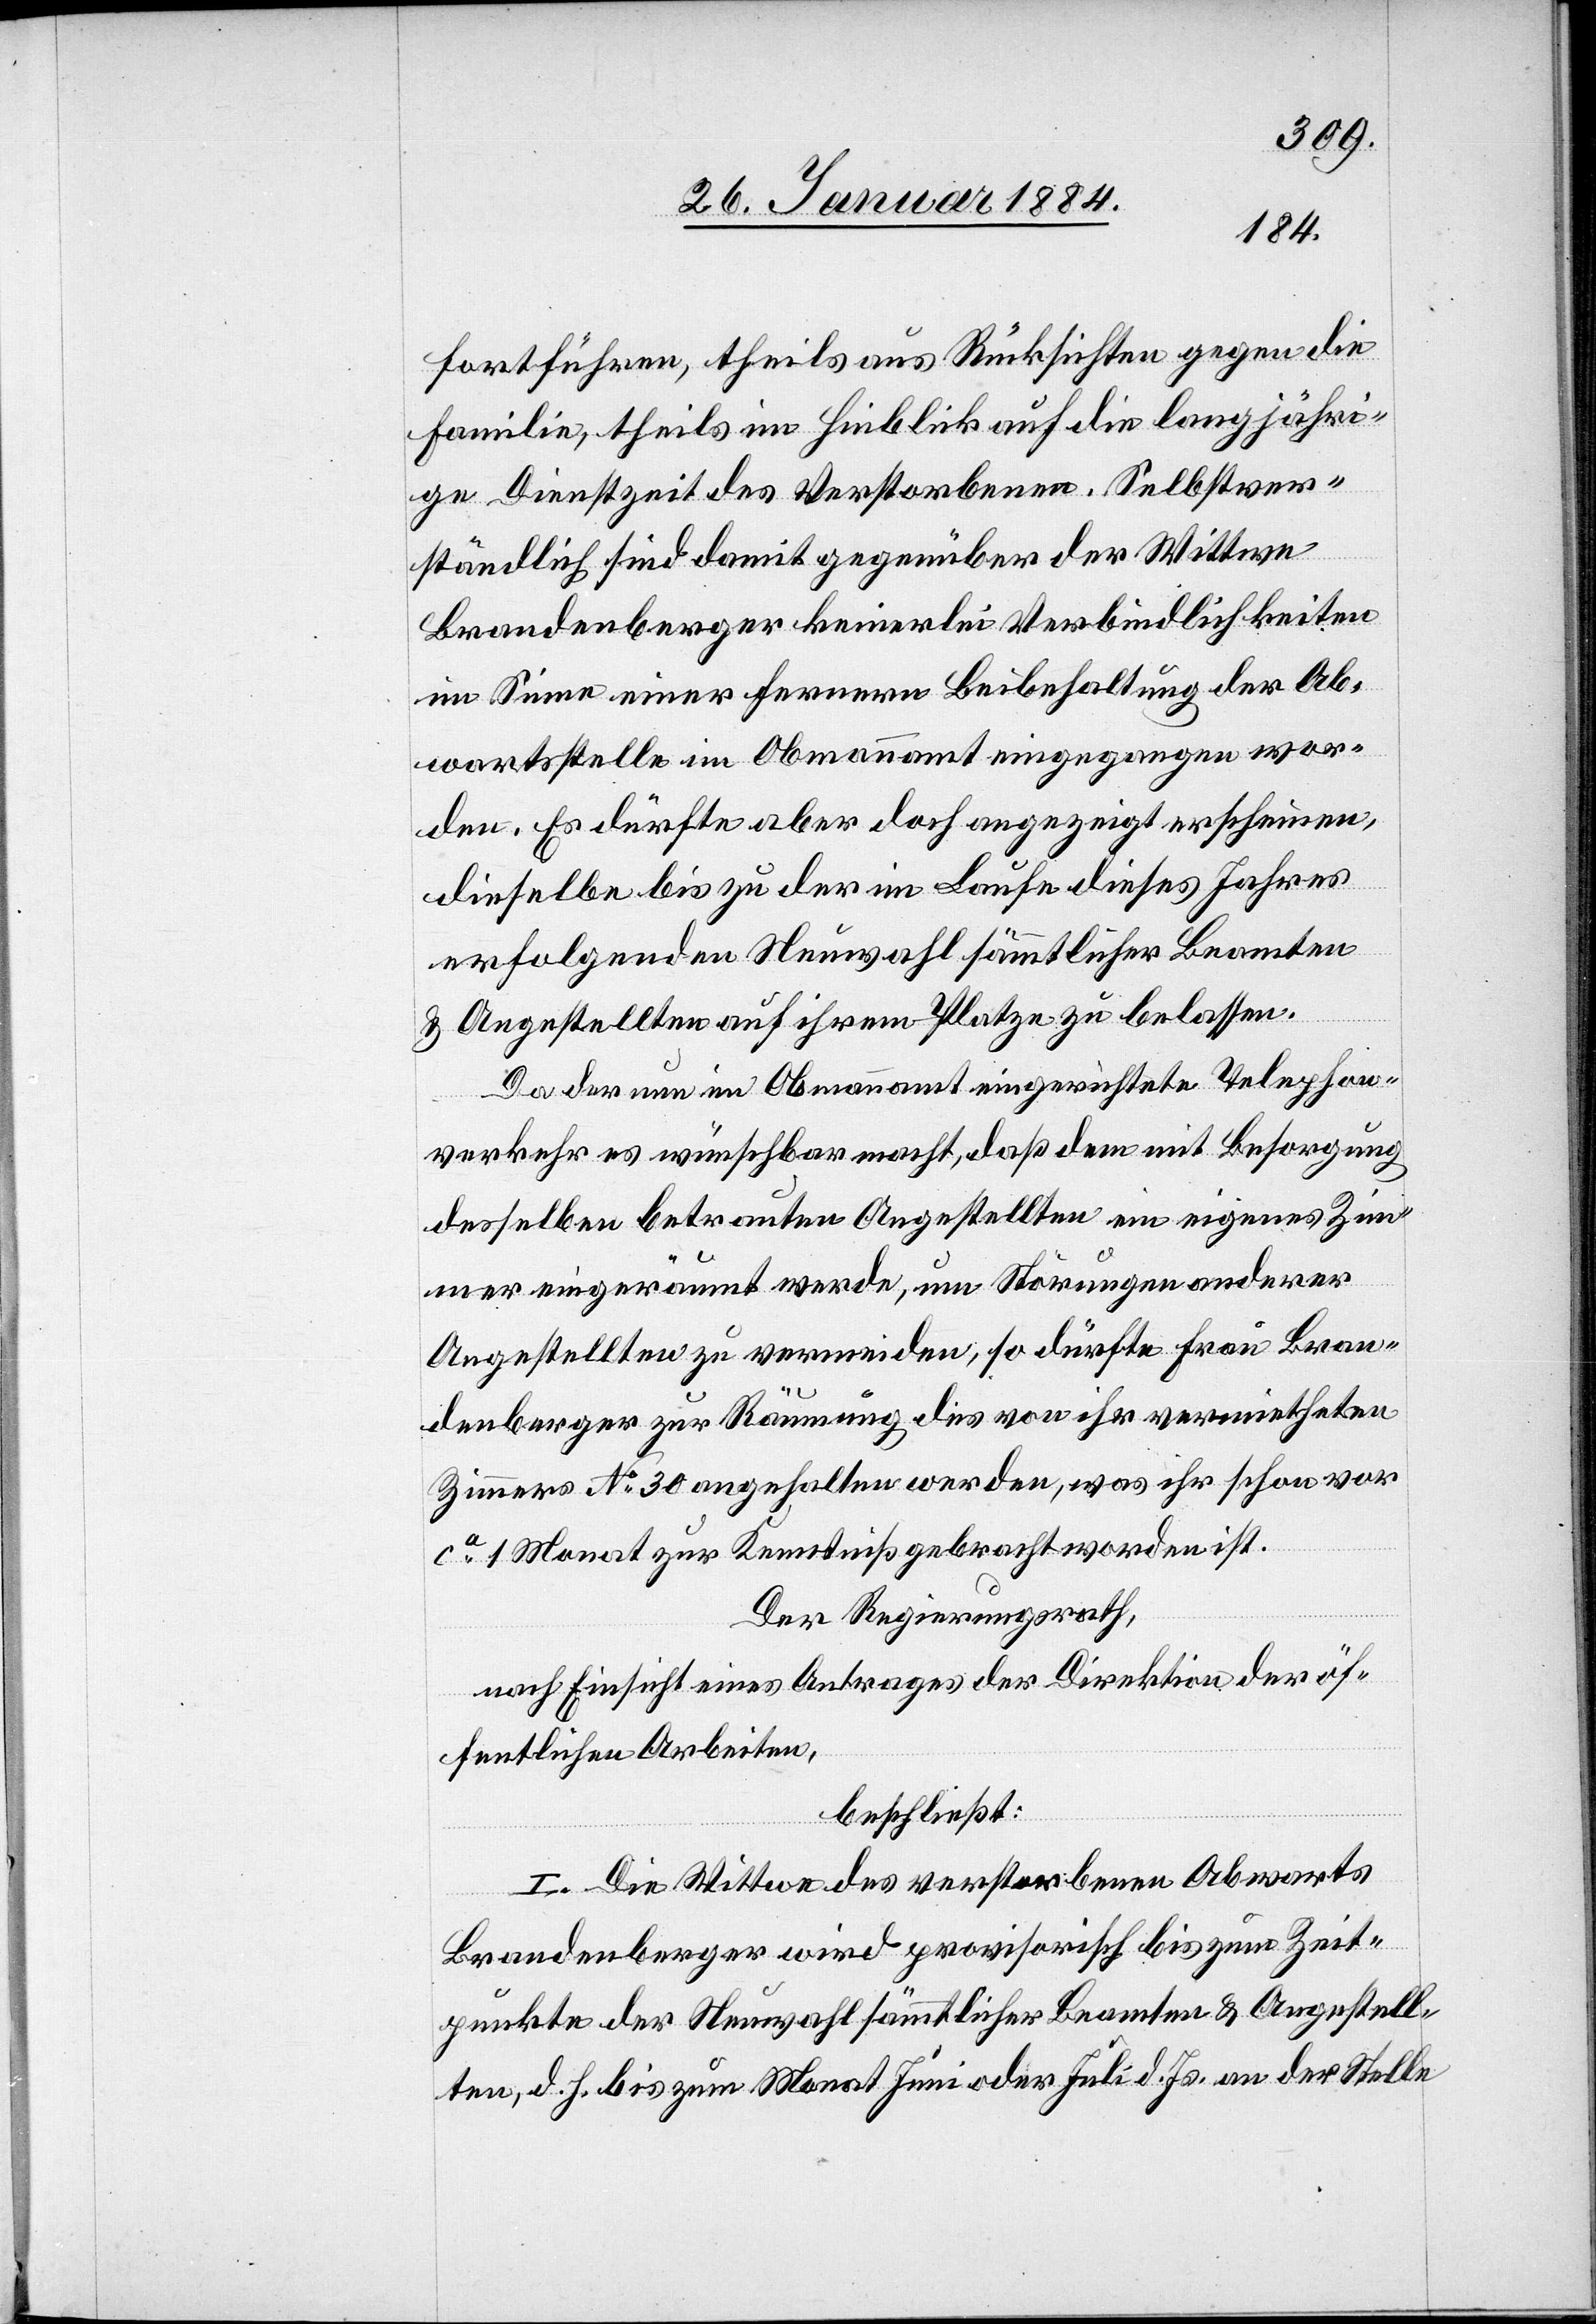
fortführen, theils aus Rücksichten gegen die
Familie, theils im Hinblick auf die langjähri¬
ge Dienstzeit des Verstorbenen. Selbstver¬
ständlich sind damit gegenüber der Wittwe
Brandenberger keinerlei Verbindlichkeiten
im Sinne einer ferneren Beibehaltung der Ab¬
wartsstelle im Obmannamt eingegangen wor¬
den. Es dürfte aber doch angezeigt erscheinen,
dieselbe bis zu der im Laufe dieses Jahres
erfolgenden Neuwahl sämmtlicher Beamten
& Angestellten auf ihrem Platze zu belassen.
Das der nun im Obmannamt eingerichtete Telephon¬
verkehr es wünschbar macht, daß dem mit Besorgung
derselben betrauten Angestellten ein eigenes Zim¬
mer eingeräumt werde, um Störungen anderer
Angestellten zu vermeiden, so dürfte Frau Bran¬
denberger zur Räumung des von ihr vermietheten
Zimmers No 30 angehalten werden, was ihr schon vor
ca 1 Monat zur Kenntniß gebracht worden ist.
Der Regierungsrath,
nach Einsicht eines Antrages der Direktion der öf¬
fentlichen Arbeiten,
beschließt:
I. Die Wittwe des verstorbenen Abwartes
Brandenberger wird provisorisch bis zum Zeit¬
punkte der Neuwahl sämmtlicher Beamten & Angestell¬
ten, d. h. bis zum Monat Juni oder Juli d. Js., an der Stelle